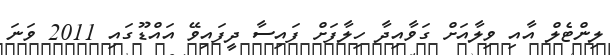
ލިންޓެލް އާއި ވިލާއަށް ގަވާއިދާ ހިލާފަށް ފައިސާ ދީފައިވޭ އައްޑޫގައި 2011 ވަނަ